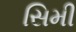
સિમી